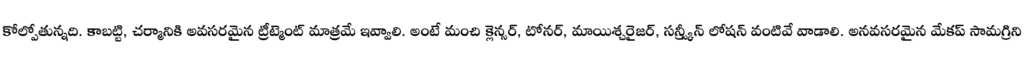
కోల్పోతున్నది. కాబట్టి, చర్మానికి అవసరమైన ట్రీట్మెంట్ మాత్రమే ఇవ్వాలి. అంటే మంచి క్లెన్సర్, టోనర్, మాయిశ్చరైజర్, సన్స్క్రీన్ లోషన్ వంటివే వాడాలి. అనవసరమైన మేకప్ సామగ్రిని